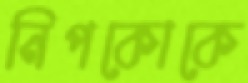
নিপকোকে